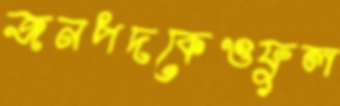
জনপদকেওফুল